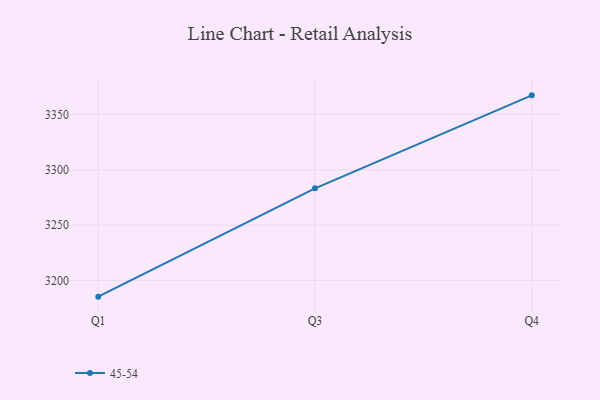
{"axis": {"x": "Quarter", "y": "Net Income (USD K)"}, "legend": ["45-54"], "data": [{"x": "Q1", "y": 3185.4, "type": "45-54"}, {"x": "Q3", "y": 3283.2, "type": "45-54"}, {"x": "Q4", "y": 3367.2, "type": "45-54"}]}